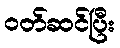
ဝတ်ဆင်ပြီး